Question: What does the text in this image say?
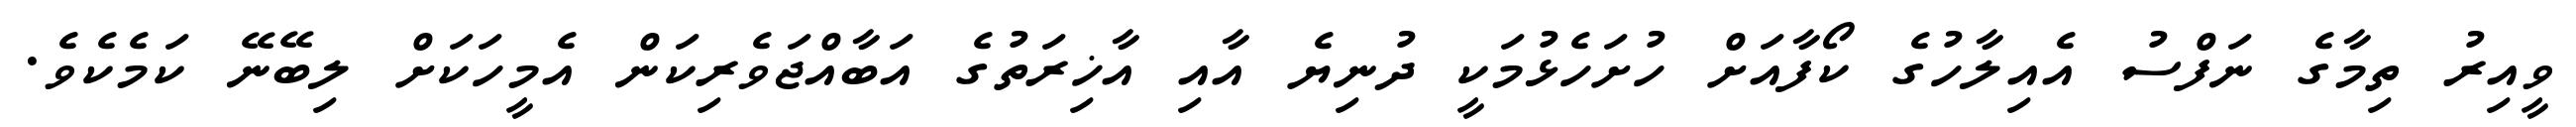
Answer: ވީއިރު ތިމާގެ ނަފްސު އެއިލާހުގެ ކޯފާއަށް ހުށަހެޅުމަކީ ދުނިޔެ އާއި އާޚިރަތުގެ އަބާއްޖަވެރިކަން އެމީހަކަށް ލިބޭނޭ ކަމެކެވެ.